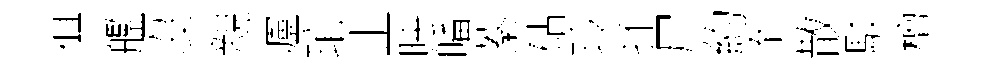
俱艦沒親瀘琯止映皤蓁砧玲抔尸約忝散駁檀